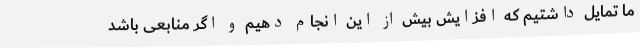
ما تمایل داشتیم که افزایش بیش از این انجام دهیم و اگر منابعی باشد